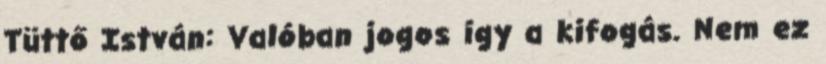
Tüttő István: Valóban jogos így a kifogás. Nem ez